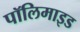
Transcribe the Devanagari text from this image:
पॉलिमाइड